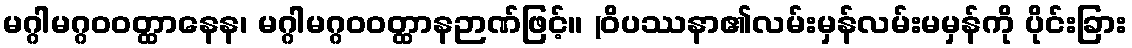
မဂ္ဂါမဂ္ဂဝဝတ္ထာနေန၊ မဂ္ဂါမဂ္ဂဝဝတ္ထာနဉာဏ်ဖြင့်။ (ဝိပဿနာ၏လမ်းမှန်လမ်းမမှန်ကို ပိုင်းခြား